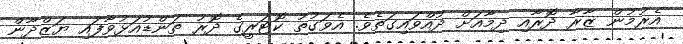
އެރުމުން ޒާރާ ދޮރާއި ދިމާއަށް ދުއްވައިގަތެވެ. އެވަގުތު ކޮޓަރީގެ ދޮރު ތަންޑުއަޅުވާފައި ޔަޒްދާން